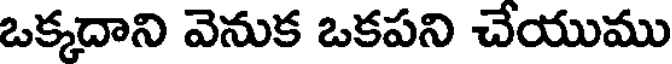
ఒక్కదాని వెనుక ఒకపని చేయుము